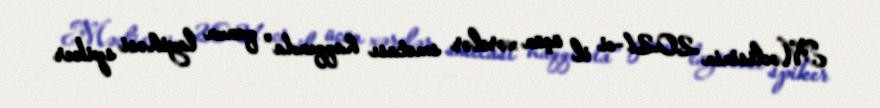
Məclisinin 2021-ci il üçün xərclər smetası haqqında" qanun layihəsi spiker